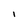
Character: I